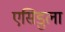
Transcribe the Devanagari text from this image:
एसिडुला